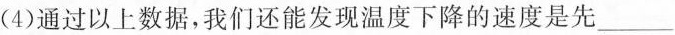
（4）通过以上数据,我们还能发现温度下降的速度是先___